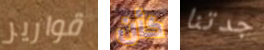
قوارير كأن جدتنا